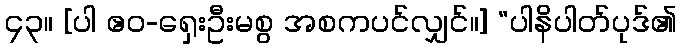
၄၃။ [ပါ ဧဝ-ရှေးဦးမစွ အစကပင်လျှင်။] “ပါနိပါတ်ပုဒ်၏